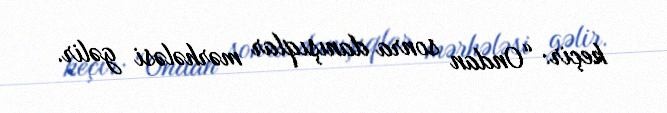
keçir: “Ondan sonra danışıqlar mərhələsi gəlir.